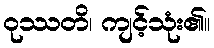
ဝုဿတိ၊ ကျင့်သုံး၏။